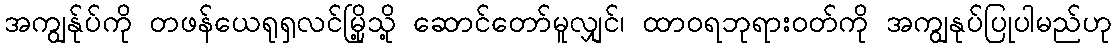
အကျွန်ုပ်ကို တဖန်ယေရုရှလင်မြို့သို့ ဆောင်တော်မူလျှင်၊ ထာဝရဘုရားဝတ်ကို အကျွနုပ်ပြုပါမည်ဟု